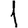
Digit: 1